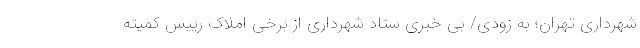
شهرداری تهران؛ به زودی/ بی خبری ستاد شهرداری از برخی املاک رییس کمیته